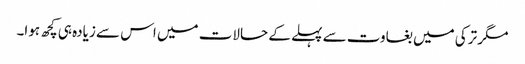
مگر ترکی میں بغاوت سے پہلے کے حالات میں اس سے زیادہ ہی کچھ ہوا۔